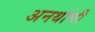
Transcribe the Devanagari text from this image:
अनर्थाची